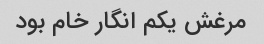
مرغش یکم انگار خام بود